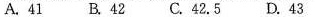
A.41B.42C.42.5D.43